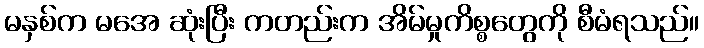
မနှစ်က မအေ ဆုံးပြီး ကတည်းက အိမ်မှုကိစ္စတွေကို စီမံရသည်။